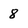
Character: 8